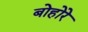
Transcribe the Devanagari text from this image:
बोहोरे